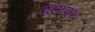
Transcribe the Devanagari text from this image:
हलायुधः।